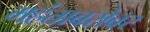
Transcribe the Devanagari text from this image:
महंताबरोबर